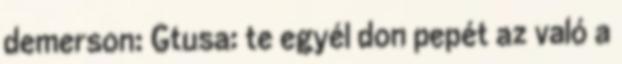
demerson: Gtusa: te egyél don pepét az való a